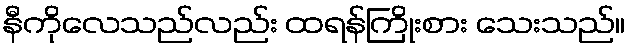
နီကိုလေသည်လည်း ထရန်ကြိုးစား သေးသည်။